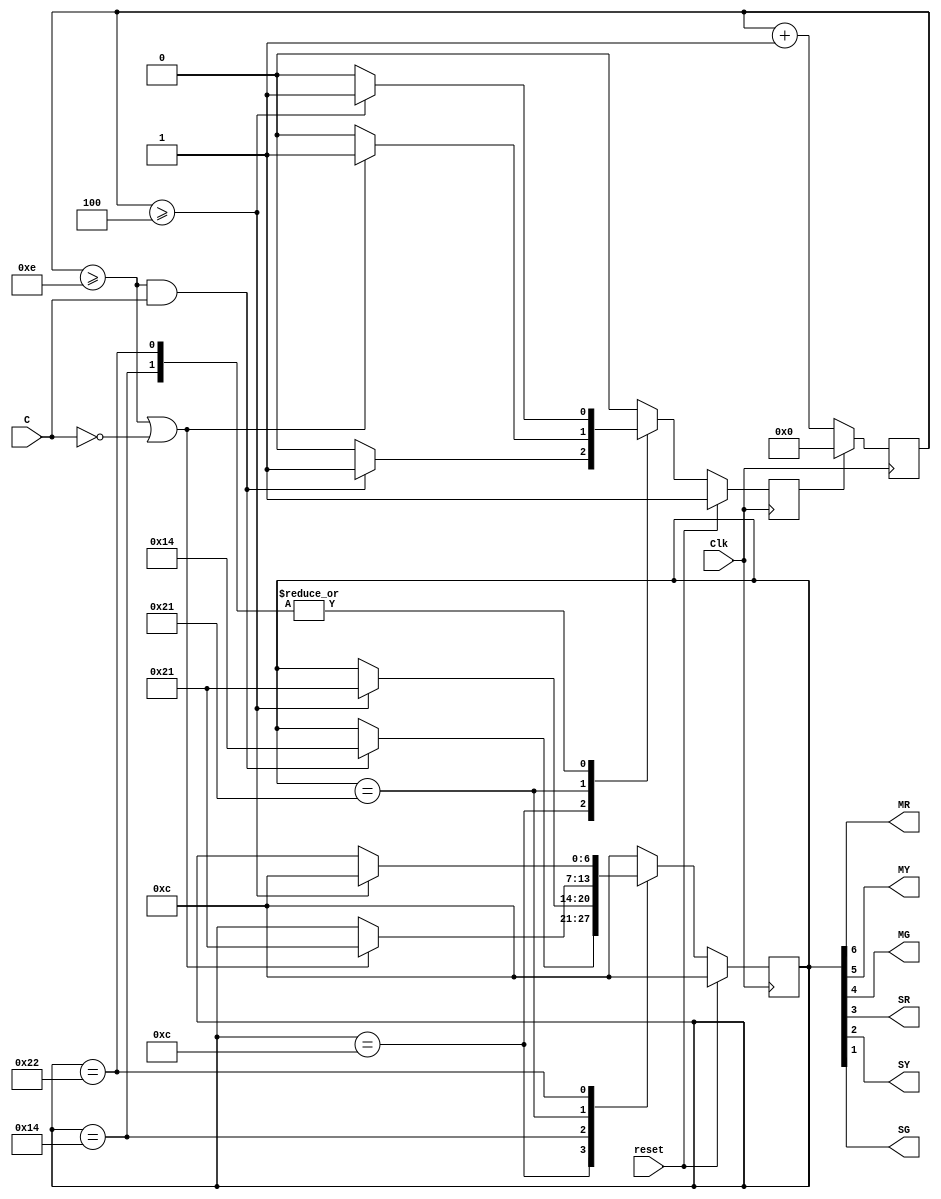
`timescale 1ns/1ps

module main (
    output reg MR,
    output reg MY,
    output reg MG,
    output reg SR,
    output reg SY,
    output reg SG,
    input reset,
    input C,
    input Clk
);

    reg [31:0] value;
    reg [6:0] state;
    reg ST;

    wire TS, TL;

    parameter mainroadgreen = 7'b001100;
    parameter mainroadyellow = 7'b010100;
    parameter sideroadgreen = 7'b100001;
    parameter sideroadyellow = 7'b100010;

    always @(posedge Clk) begin
        if (reset) begin
            state <= mainroadgreen; // Initial state: MG=1, SR=1
            ST <= 1;
        end else begin
            ST <= 0;
            case (state)
                mainroadgreen:
                    if (TL && C) begin
                        state <= mainroadyellow;
                        ST <= 1;
                    end
                mainroadyellow:
                    if (TS) begin
                        state <= sideroadgreen;
                        ST <= 1;
                    end
                sideroadgreen: 
                    if (TL || !C) begin
                        state <= sideroadgreen;
                        ST <= 1;
                    end
                sideroadyellow: 
                     if (TS) 
                    begin 
                        state <= mainroadgreen;
                        ST <= 1;
                    end
                default:
                    state <= mainroadgreen;
            endcase
        end
    end

    always @(posedge Clk) begin
        if (ST == 1'b1)
            value <= 0;
        else
            value <= value + 1;
    end

    assign TS = (value >= 4);
    assign TL = (value >= 14);

    always @* begin
        MR = state[6];
        MY = state[5];
        MG = state[4];
        SR = state[3];
        SY = state[2];
        SG = state[1];
    end

endmodule


module main_tb;
  reg reset;
  reg C;
  reg Clk;
    
  wire MR;
  wire MY;
  wire MG;
  wire SR;
  wire SY;
  wire SG;

  // Instantiate the main module
  main uut (
    .MR(MR),
    .MY(MY),
    .MG(MG),
    .SR(SR),
    .SY(SY),
    .SG(SG),
    .reset(reset),
    .C(C),
    .Clk(Clk)
  );

  // Clock generation
  always #5 Clk = ~Clk;

  // Stimulus
  initial begin
    // Initialize inputs
    reset = 1'b1;
    C = 1'b0;
    Clk = 1'b0;

    // Wait for a few clock cycles
    #10;
    reset = 1'b0;

    // Transition 1: MG=1, SR=1 -> MY=1, SR=1
    #20;
    C = 1'b1;

    // Transition 2: MY=1, SR=1 -> SR=1
    #20;
    C = 1'b0;

    // Transition 3: SR=1 -> SG=1, SR=1
    #20;
    C = 1'b1;

    // Transition 4: SG=1, SR=1 -> MR=1, SR=1
    #20;
    C = 1'b0;

    // Repeat the transitions
    #40;
    repeat (4) begin
      #40;
      C = 1'b1;
      #20;
      C = 1'b0;
    end

    // End simulation
    #10;
    $finish;
  end

  // Display outputs in formatted format
  always @(posedge Clk) begin
    #5;
    $display("Time = %0d, MR = %b, MY = %b, MG = %b, SR = %b, SY = %b, SG = %b", $time, MR, MY, MG, SR, SY, SG);
  end

endmodule